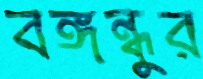
বঙ্গন্ধুর